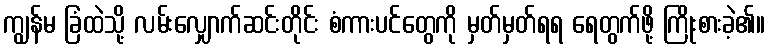
ကျွန်မ ခြံထဲသို့ လမ်းလျှောက်ဆင်းတိုင်း စံကားပင်တွေကို မှတ်မှတ်ရရ ရေတွက်ဖို့ ကြိုးစားခဲ့၏။